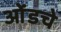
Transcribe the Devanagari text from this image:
ओंडचे